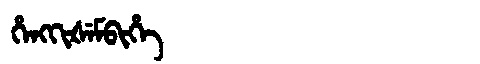
Manchu: ᡥᡝᠩᡴᡳᡧᡝᠮᠪᡳᡥᡝ
Romanization: HENGKIŠEMBIHE